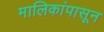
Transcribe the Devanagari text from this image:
मालिकांपासून